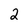
Character: 2